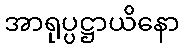
အာရုပ္ပဋ္ဌာယိနော